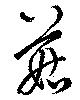
菇